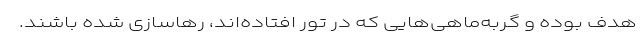
هدف بوده و گربه‌ماهی‌هایی که در تور افتاده‌اند، رهاسازی شده باشند.